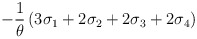
\begin{align*}-\frac{1}{\theta}\left(3\sigma_1+2\sigma_2+2\sigma_3+2\sigma_4\right)\end{align*}